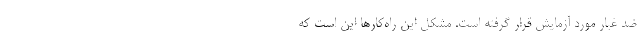
ضد غبار مورد آزمایش قرار گرفته است. مشکل این راه‌کارها این است که